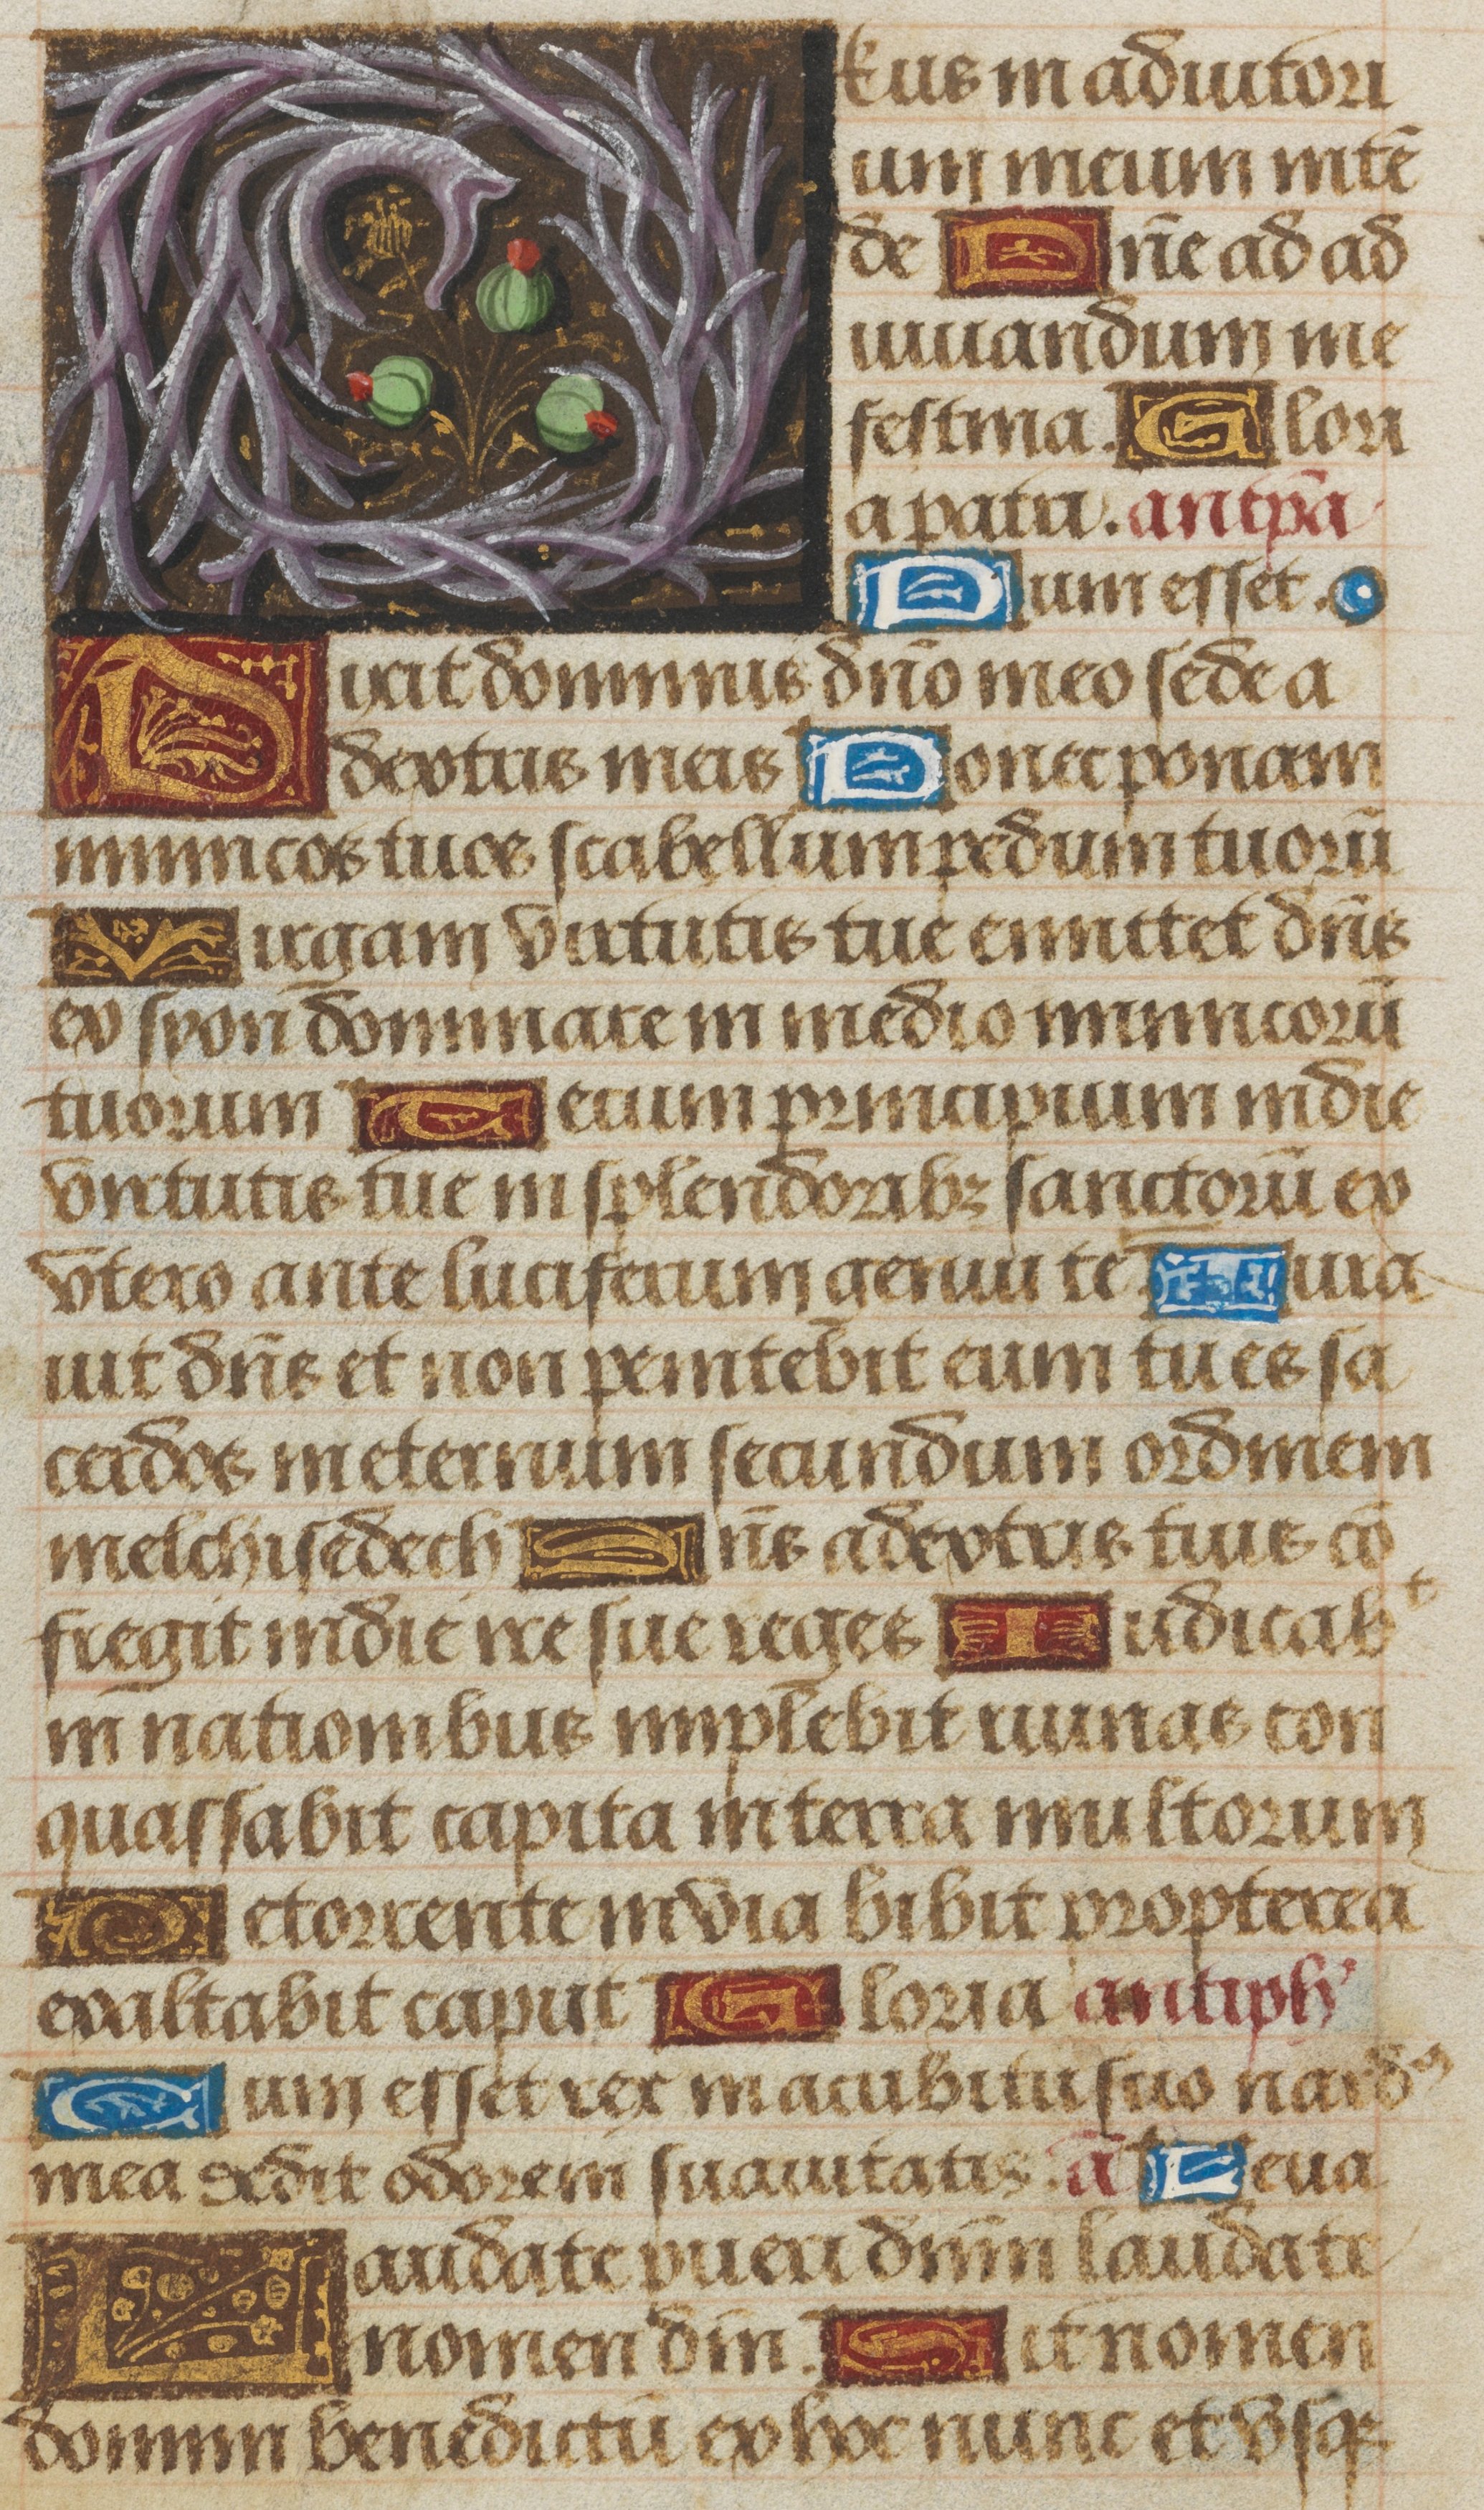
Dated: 1475–1505